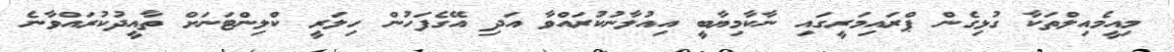
މިއީމެއިލްތަކާ ގުޅިގެން ޕްރައިމަރީގައި ނާކާމިޔާބީ އިއުލާނުކުރައްވާ އަދި އޭގެފަހުން ހިލަރީ ކްލިންޓަނަށް ތާއީދުކުރައްވާނެ